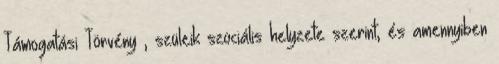
Támogatási Törvény , szüleik szociális helyzete szerint, és amennyiben